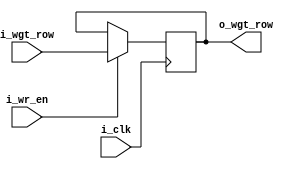
// wgt_rf
// for a ROW

module wgt_rf
#(parameter
  DATA_WIDTH = 8,
	ROW_NUM = 6,
  ROW_WGT_WIDTH = DATA_WIDTH*ROW_NUM
	)
(
  input i_clk, 
  input i_wr_en,
  input [ROW_WGT_WIDTH-1:0] i_wgt_row,  

  output reg [ROW_WGT_WIDTH-1:0] o_wgt_row
);


  // Write behavior
  always @ (posedge i_clk) begin
    if(i_wr_en) begin
      o_wgt_row <= i_wgt_row;
    end
  end

endmodule